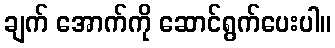
ချက် အောက်ကို ဆောင်ရွက်ပေးပါ။